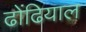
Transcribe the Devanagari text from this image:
ढोंढियाल